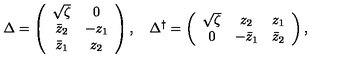
\Delta = \left( \begin{array} { c c } { \sqrt { \zeta } } & { 0 } \\ { \bar { z } _ { 2 } } & { - z _ { 1 } } \\ { \bar { z } _ { 1 } } & { z _ { 2 } } \\ \end{array} \right) , \quad \Delta ^ { \dagger } = \left( \begin{array} { c c c } { \sqrt { \zeta } } & { z _ { 2 } } & { z _ { 1 } } \\ { 0 } & { - \bar { z } _ { 1 } } & { \bar { z } _ { 2 } } \\ \end{array} \right) ,